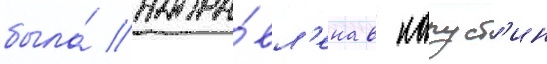
была́ напра́вл'ена в капуст'ин